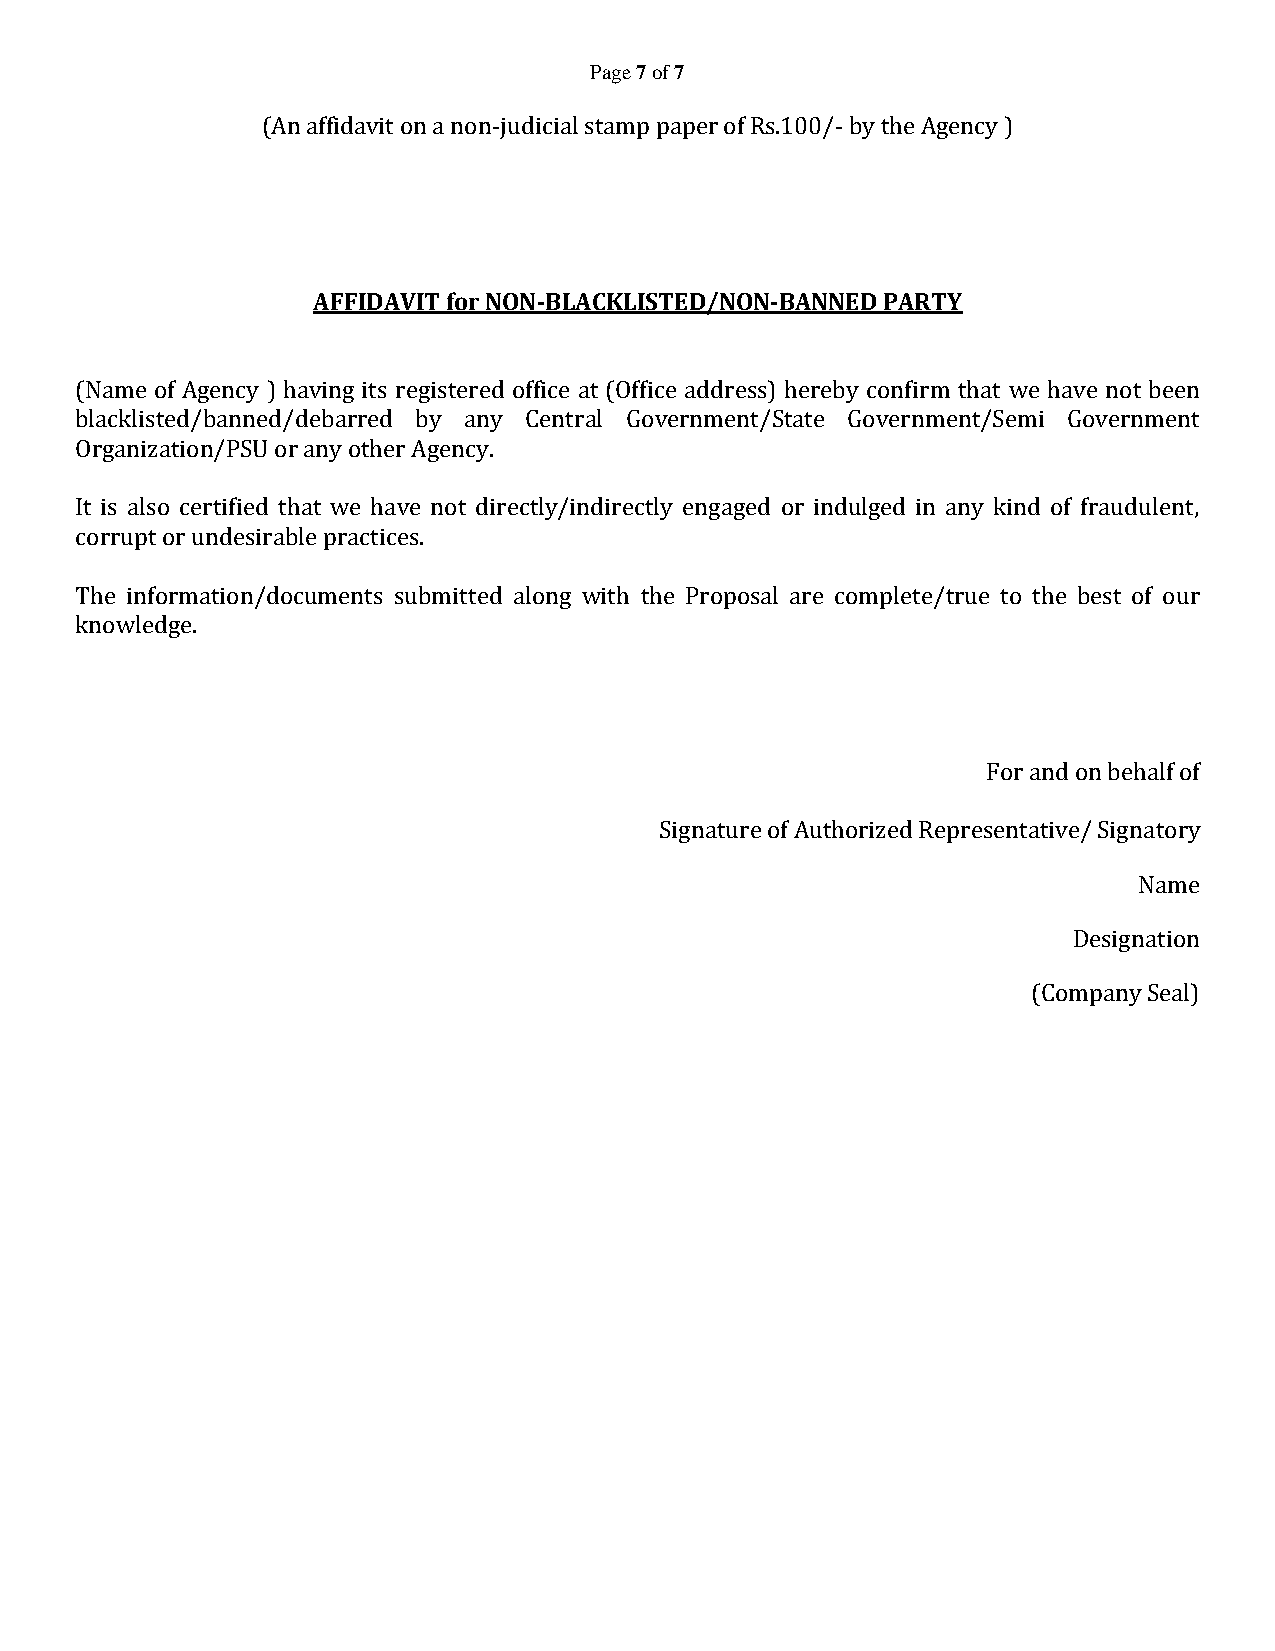
Page 7 of 7
 (An affidavit on a non-judicial stamp paper of Rs.100/- by the Agency )
 AFFIDAVIT for NON-BLACKLISTED/NON-BANNED PARTY
 (Name of Agency ) having its registered office at (Office address) hereby confirm that we have not been
 blacklisted/banned/debarred by any Central Government/State Government/Semi Government
 Organization/PSU or any other Agency.
 It is also certified that we have not directly/indirectly engaged or indulged in any kind of fraudulent,
 corrupt or undesirable practices.
 The information/documents submitted along with the Proposal are complete/true to the best of our
 knowledge.
 For and on behalf of
 Signature of Authorized Representative/ Signatory
 Name
 Designation
 (Company Seal)